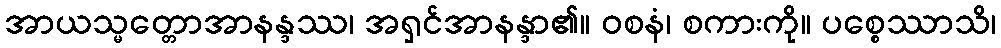
အာယသ္မတ္တောအာနန္ဒဿ၊ အရှင်အာနန္ဒာ၏။ ဝစနံ၊ စကားကို။ ပစ္စေဿာသိ၊